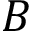
B